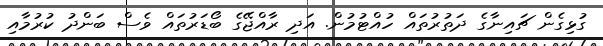
ގުޅިގެން ޗައިނާގެ ދަތުރުތައް ހުއްޓުމުން. އަދި ރާއްޖޭގެ ބޯޑަރުތައް ވެސް ބަންދު ކުރުމާއި